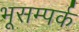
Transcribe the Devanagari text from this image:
भूसम्पर्क